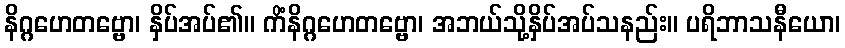
နိဂ္ဂဟေတဗ္ဗော၊ နှိပ်အပ်၏။ ကိံနိဂ္ဂဟေတဗ္ဗော၊ အဘယ်သို့နှိပ်အပ်သနည်း။ ပရိဘာသနီယော၊